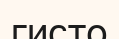
гисто